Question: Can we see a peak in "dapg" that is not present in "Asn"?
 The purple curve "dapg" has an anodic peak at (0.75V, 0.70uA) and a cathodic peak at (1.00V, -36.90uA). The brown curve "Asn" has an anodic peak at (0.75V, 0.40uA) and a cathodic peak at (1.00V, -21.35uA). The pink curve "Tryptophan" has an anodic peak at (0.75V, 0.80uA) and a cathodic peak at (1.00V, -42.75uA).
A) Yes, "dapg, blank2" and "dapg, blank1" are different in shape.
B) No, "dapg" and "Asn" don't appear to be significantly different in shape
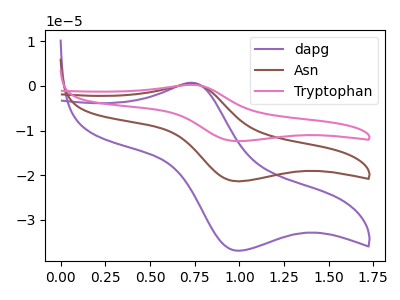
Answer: <think>All the peaks in "dapg" have a peak in "Asn" at the same potential. Every peak in "dapg" is higher than every peak in "Asn".
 </think>
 <answer>B) No, "dapg" and "Asn" don't appear to be significantly different in shape</answer>
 <eval>B</eval>